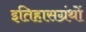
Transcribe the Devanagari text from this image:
इतिहासग्रंथों